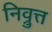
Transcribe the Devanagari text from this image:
निव्रुत्त